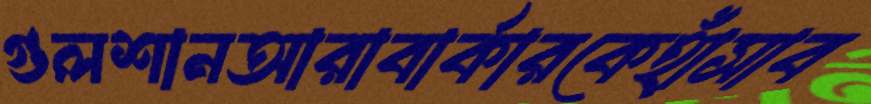
গুলশানআরাবার্কারকেহাঁসাব